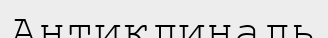
Антиклиналь